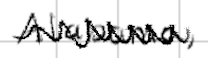
Text: Alabama,
Cross-out: zig-zag
Writing tool: digital_black